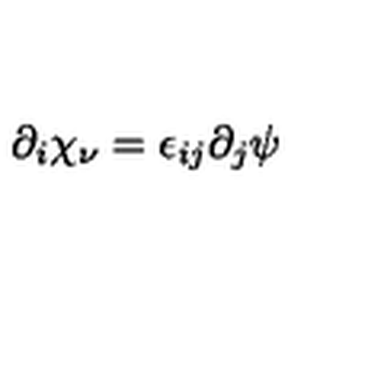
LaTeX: \partial _ { i } \chi _ { \nu } = \epsilon _ { i j } \partial _ { j } \psi